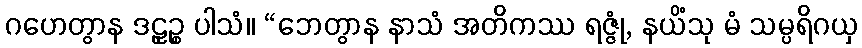
ဂဟေတွာန ဒဠှဉ္စ ပါသံ။ “ဘေတွာန နာသံ အတိကဿ ရဇ္ဇုံ, နယိံသု မံ သမ္ပရိဂယှ